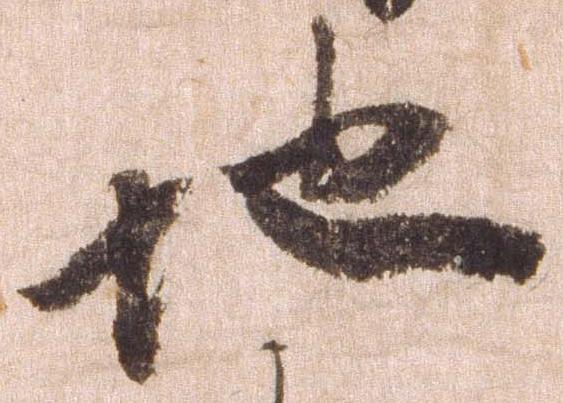
地